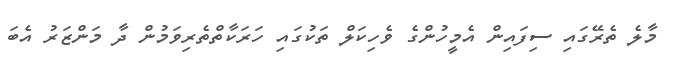
މާލެ ތެރޭގައި ސިފައިން އެމީހުންގެ ވެހިކަލް ތަކުގައި ހަރަކާތްތެރިވަމުން ދާ މަންޒަރު އެބަ